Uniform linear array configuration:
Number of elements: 24
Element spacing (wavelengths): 0.25
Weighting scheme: exponential
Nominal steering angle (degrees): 45
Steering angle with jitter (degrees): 46.064
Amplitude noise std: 0.05
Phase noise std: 0.05

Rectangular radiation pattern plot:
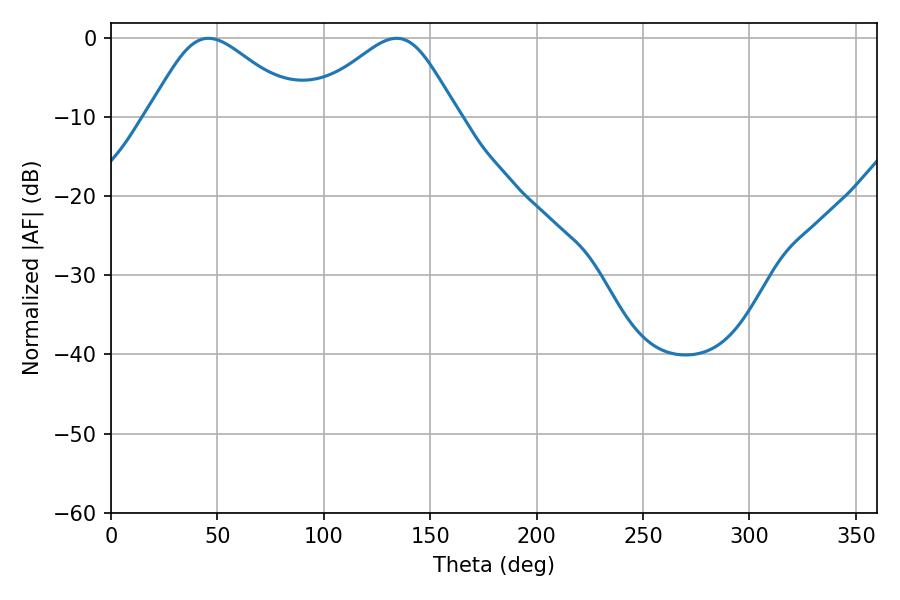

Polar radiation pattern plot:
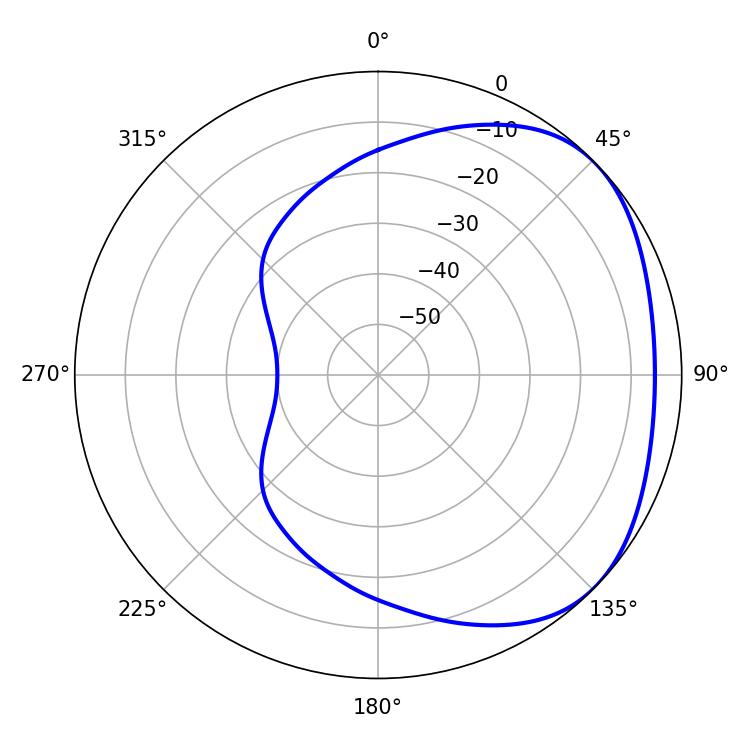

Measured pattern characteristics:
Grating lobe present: FALSE
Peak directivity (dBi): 2.713
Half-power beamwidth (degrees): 35.82
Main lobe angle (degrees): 45.72